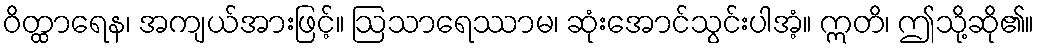
ဝိတ္ထာရေန၊ အကျယ်အားဖြင့်။ ဩသာရေဿာမ၊ ဆုံးအောင်သွင်းပါအံ့။ ဣတိ၊ ဤသို့ဆို၏။